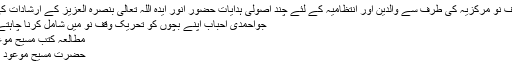
لندن: شعبہ وقف نو مرکزیہ کی طرف سے والدین اور انتظامیہ کے لئے چند اصولی ہدایات حضور انور ایدہ اللہ تعالیٰ بنصرہ العزیز کے ارشادات کی روشنی میں
جواحمدی احباب اپنے بچوں کو تحریک وقفِ نو میں شامل کرنا چاہتے ہوں یا ان…
مطالعہ کتب مسیح موعودؑ کی اہمیت
حضرت مسیح موعود ؑ فرماتے ہیں:۔